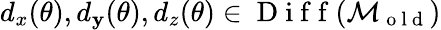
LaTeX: d_{x}(\theta),d_{\mathbf{y}}(\theta),d_{z}(\theta)\in\mathrm{{~D~i~f~f~}}(\mathcal{{M}}_{\mathrm{{~o~l~d~}}})